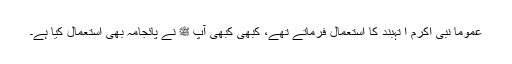
عموماً نبی اکرم ا تہبند کا استعمال فرماتے تھے، کبھی کبھی آپ ﷺ نے پائجامہ بھی استعمال کیا ہے۔